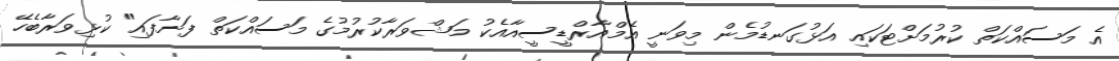
އެ މަސައްކަތް ކުރުމަށްޓަކައި އަޅުގަނޑުމެން މިވަނީ އެމްއާރްޑީސީއާއެކު މަޝްވަރާކުރުމުގެ މަސައްކަތް ފަށާފައި" ކުޅިވަރާބެހޭ